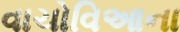
વાચોવિઆના